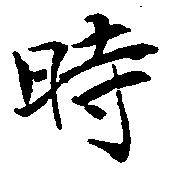
時